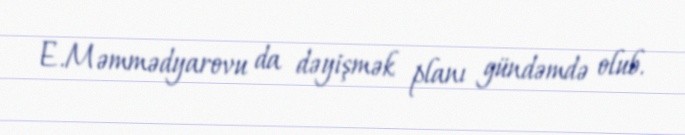
E.Məmmədyarovu da dəyişmək planı gündəmdə olub.